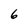
Character: 6